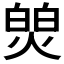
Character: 𬊻